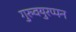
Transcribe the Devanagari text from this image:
गुरुवयुरप्पन